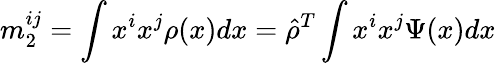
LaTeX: m_{2}^{ij}=\int x^{i}x^{j}\rho(x)dx=\hat{\rho}^{T}\int x^{i}x^{j}\Psi(x)dx